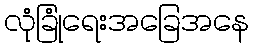
လုံခြုံရေးအခြေအနေ